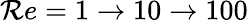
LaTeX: {\mathcal{R}e}=1\rightarrow 10\rightarrow 100